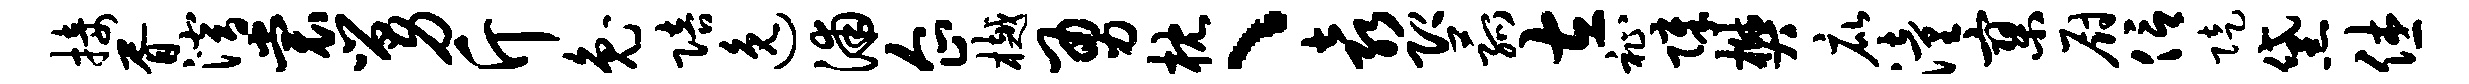
接胥潜裳舅斤兔陪逸浦企樾勇枕、袁即菰左祉障樊庇潼寥厨信陡黛休